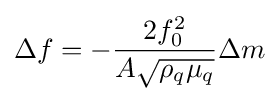
\Delta f=-{\frac {2f_{0}^{2}}{A{\sqrt {\rho _{q}\mu _{q}}}}}\Delta m